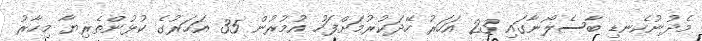
މެދުނުކެނޑި ބާސެލޯނާގައި 23 އަހަރު ހޭދަކުރުމަށްފަހު އުމުރުން 35 އަހަރުގެ ކުޅުންތެރިޔާ މިހާރު